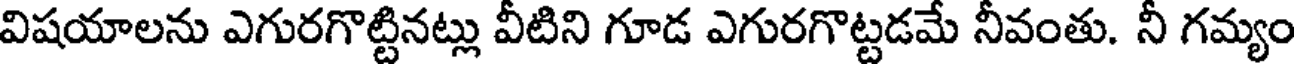
విషయాలను ఎగురగొట్టినట్లు వీటిని గూడ ఎగురగొట్టడమే నీవంతు. నీ గమ్యం